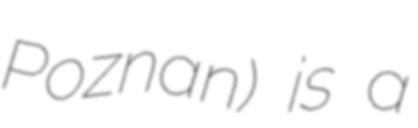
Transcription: Poznan) is a